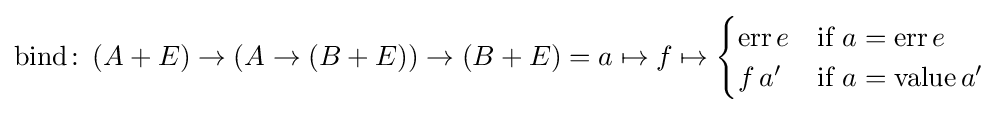
{\text{bind}}\colon \left(A+E\right)\to \left(A\to \left(B+E\right)\right)\to \left(B+E\right)=a\mapsto f\mapsto {\begin{cases}{\text{err}}\,e&{\text{if}}\ a={\text{err}}\,e\\f\,a'&{\text{if}}\ a={\text{value}}\,a'\end{cases}}